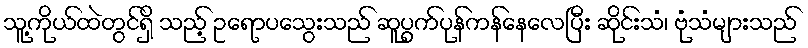
သူ့ကိုယ်ထဲတွင်ရှိ သည့် ဥရောပသွေးသည် ဆူပွက်ပုန်ကန်နေလေပြီး ဆိုင်းသံ၊ ဗုံသံများသည်